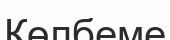
Көлбеме